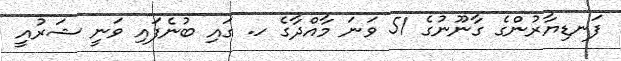
ފަނޑިޔާރުންގެ ގާނޫނުގެ 51 ވަނަ މާއްދާގެ ހ. ގައި ބުނެފައި ވަނީ ޝަރުއީ